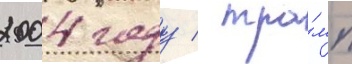
2004 году / тра́мп